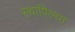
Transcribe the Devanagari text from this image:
स्थापिल्या